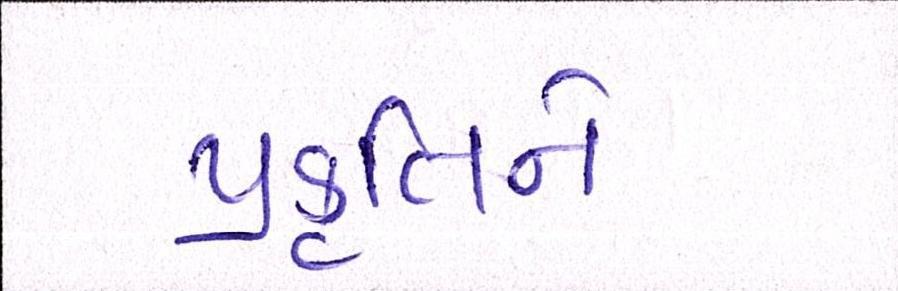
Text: પ્રકૃતિને